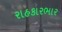
રાહકારભાર